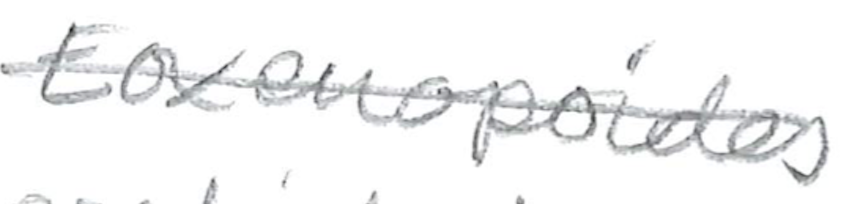
Text: Eoxenopoides
Cross-out: single-line
Writing tool: pencil